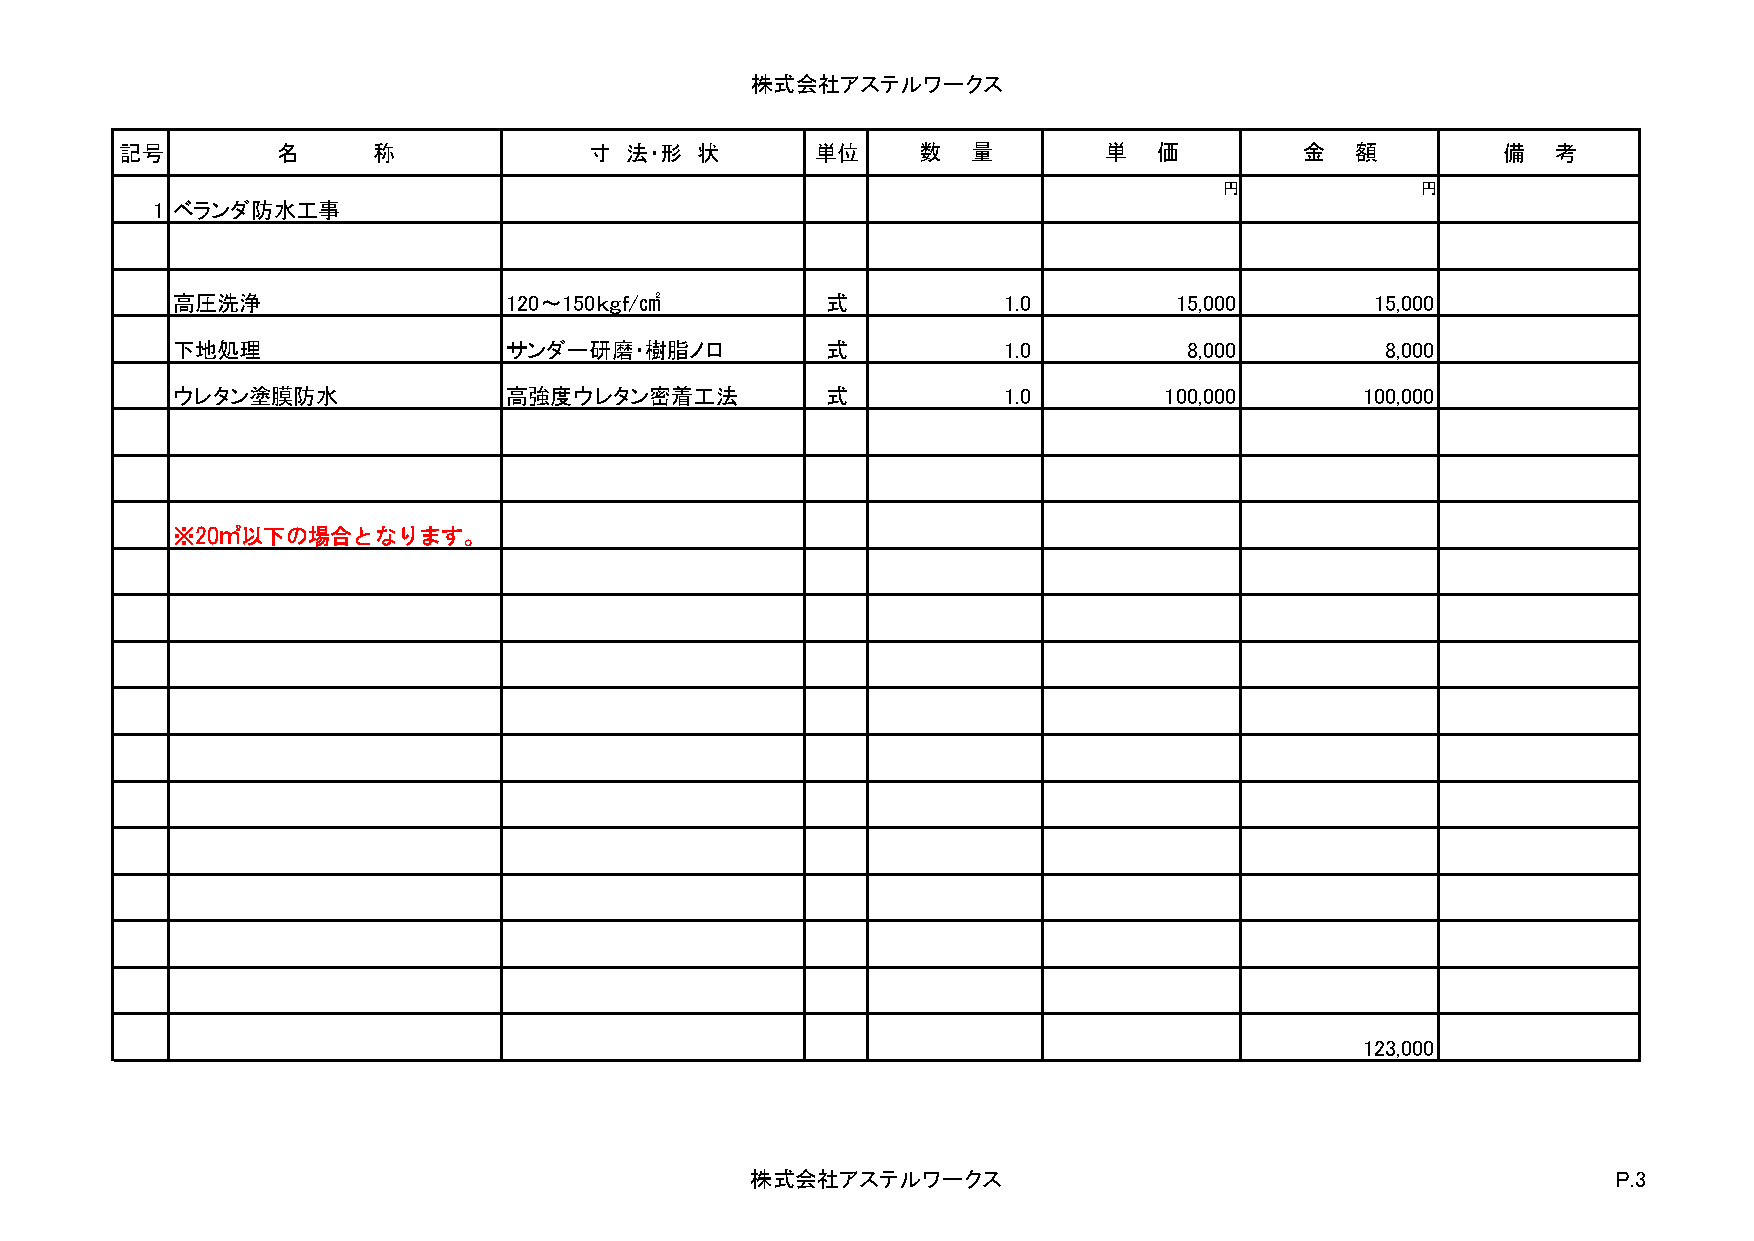
株式会社アステルワークス
 記号        名      称             寸 法・形  状       単位     数  量        単   価        金   額        備   考
 円円           円円
 1 ベランダ防水工事
 高圧洗浄                  120～150ｋｇｆ/㎠          式          1.0         15,000       15,000
 下地処理                  サンダー研磨・樹脂ノロ           式          1.0          8,000        8,000
 ウレタン塗膜防水              高強度ウレタン密着工法           式          1.0        100,000      100,000
 ※20㎡以下の場合となります。
 123,000
 株式会社アステルワークス                                             P.3